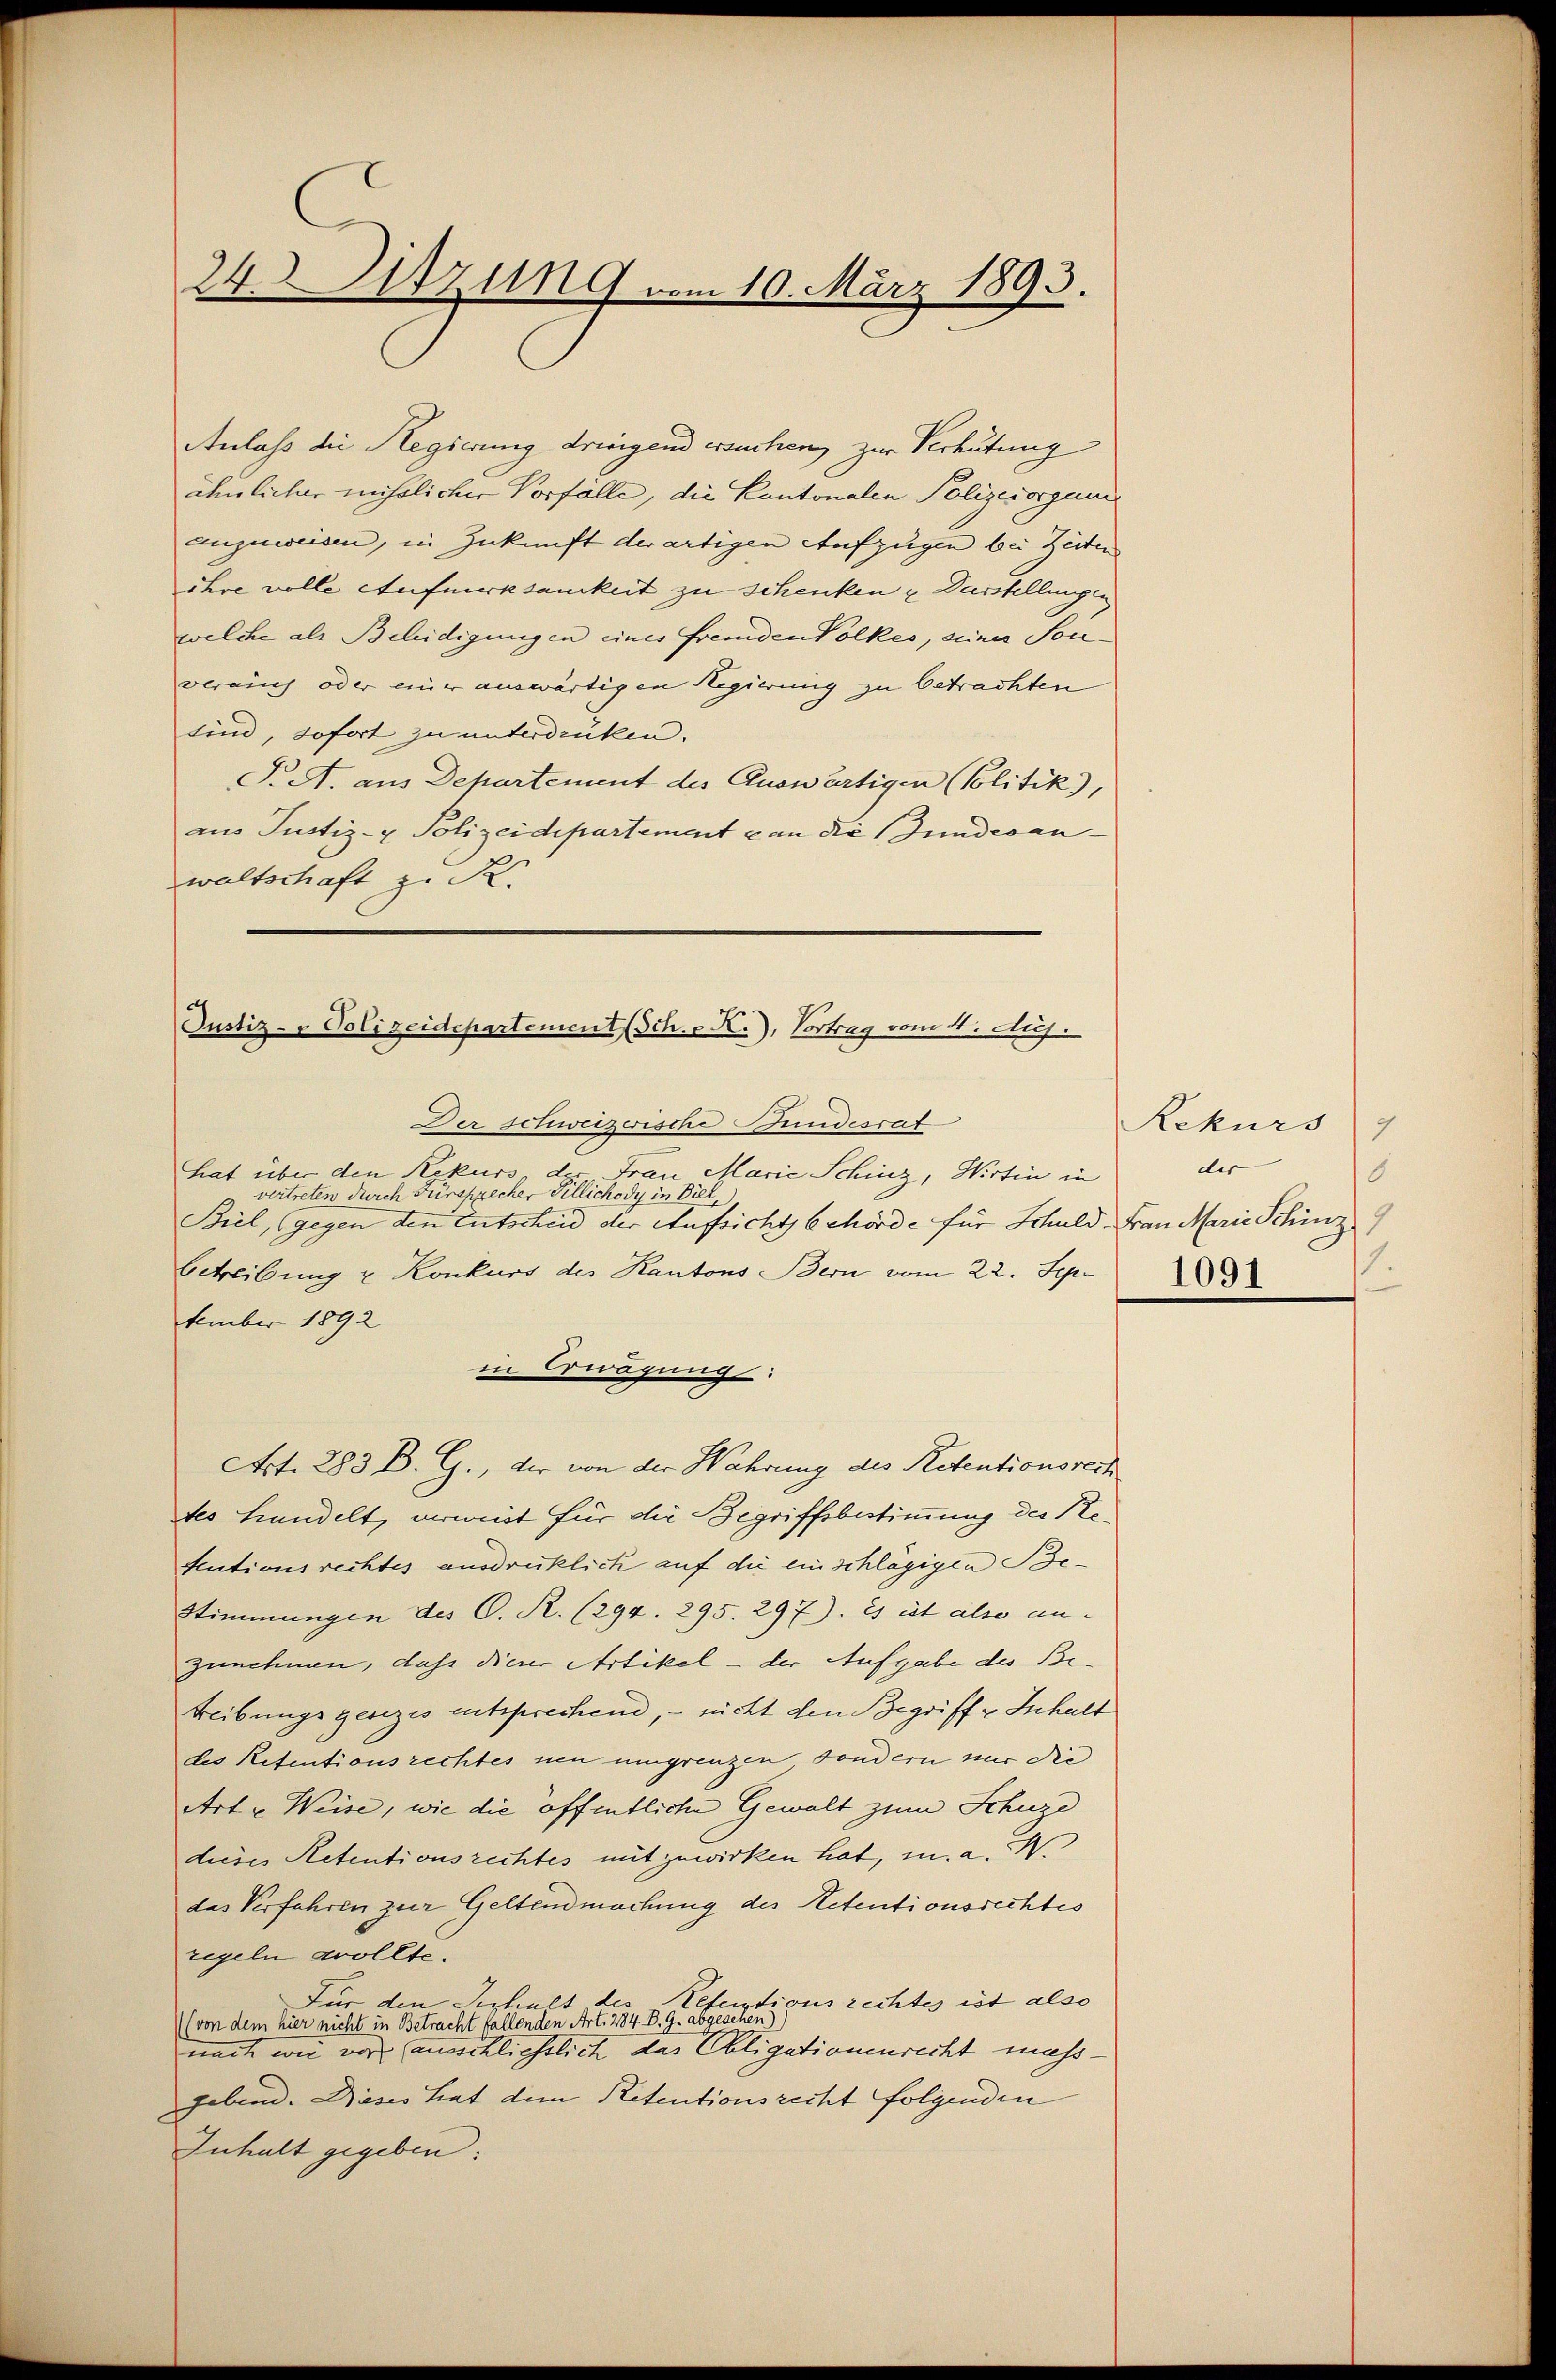
24. Sitzung vom 10. März 1893.

Anlass die Regierung dringend ersuchen, zur Verhütung
ähnlicher misslicher Vorfälle, die Kantonalen Polizeiorgani
Enzuweisen, in Zukunft der artigen Aufzügen bei Zeiten
ihre volle Aufmerksamkeit zu schenken u Darstellungen
welche als Beleidigungen eines Fremden Volkes, seine Sonberauch oder einer auswärtigen Regierung zu betrachten
sind, sofort zu unterdrücken.
J. A. aus Departement des Auswärtigen (Politik),
aus Justiz- & Polizeidepartement an die Judicanwaltschaft z. R.

Justiz- & Polizeidepartement (Sch. v K.), Vortrag vom 4. Aus
Der schweizerische Stundesrat

hat über den Rekurs, der Frau Marie Schinz, Wirtin in
vertreten durch Fürsprecher Tillichody in Biel,
Biel, (gegen den Entscheid der Aufsichts behörde für Schuld Frau Marie Schinz
betreibung u Konkurs des Kantons Bern vom 22. Sep.
tember 1892
in Erwägung
Art. 283 B. G., der von der Wahrung des Petentionsrech
tes Handelt, verweit für die Begriffsbestimmung des Reftutionsrechtes ausdrüklich auf die einschlägigen Be¬
Stimmungen des C. R. (294. 295. 297). Es ist also anzunehmen, daß dieser Artikel – der Aufgabe des Betreibungsgesezes entsprechend, – nicht den Begriff v Inhalt
des Retentionsrechtes neu umgrenzen sondern nur die
Art u Weise, wie die öffentliche Gewalt zum Schuze
dieses Retentionsrechtes mit zuwirken hat, u. a. M.
das Verfahren zur Geltendmachung des Retentionsrechtes
regeln sollte.
Für den Seshalt des Refertions rechtes ist also
(von dem hier nicht in Betracht fallenden Art. 284. B. G. abgesehen)
nach wie vor ausschliesslich das Obligationenrecht mehgebend. Dieses hat dem Retentionsrecht folgenden
Inhalt gegeben:

Rekurs
7
der
6
1091.